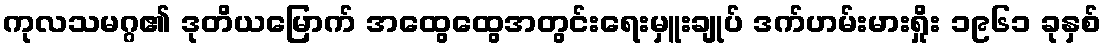
ကုလသမဂ္ဂ၏ ဒုတိယမြောက် အထွေထွေအတွင်းရေးမှူးချုပ် ဒက်ဟမ်းမားရှိုး ၁၉၆၁ ခုနှစ်